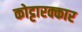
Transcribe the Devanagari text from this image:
कोट्टारक्कार